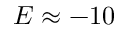
E \approx - 1 0